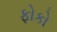
ફોકો